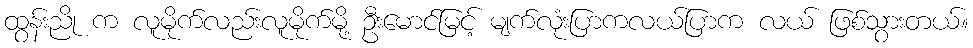
ထွန်းညို က လူမိုက်လည်းလူမိုက်မို့ ဦးမောင်မြင့် မျက်လုံးပြာကလယ်ပြာက လယ် ဖြစ်သွားတယ်။